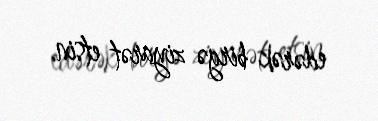
edərək birgə ziyarət etsin.